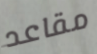
مقاعد